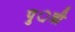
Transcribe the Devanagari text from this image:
पु़़त्री